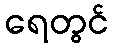
ရေတွင်